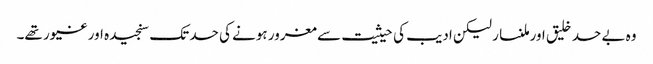
وہ بے حد خلیق اور ملنسار لیکن ادیب کی حیثیت سے مغرور ہونے کی حد تک سنجیدہ اور غیور تھے۔